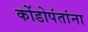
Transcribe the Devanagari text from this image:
कोंडोपंतांना